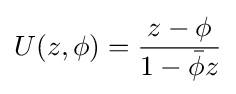
U(z,\phi )={\frac {z-\phi }{1-{\bar {\phi }}z}}